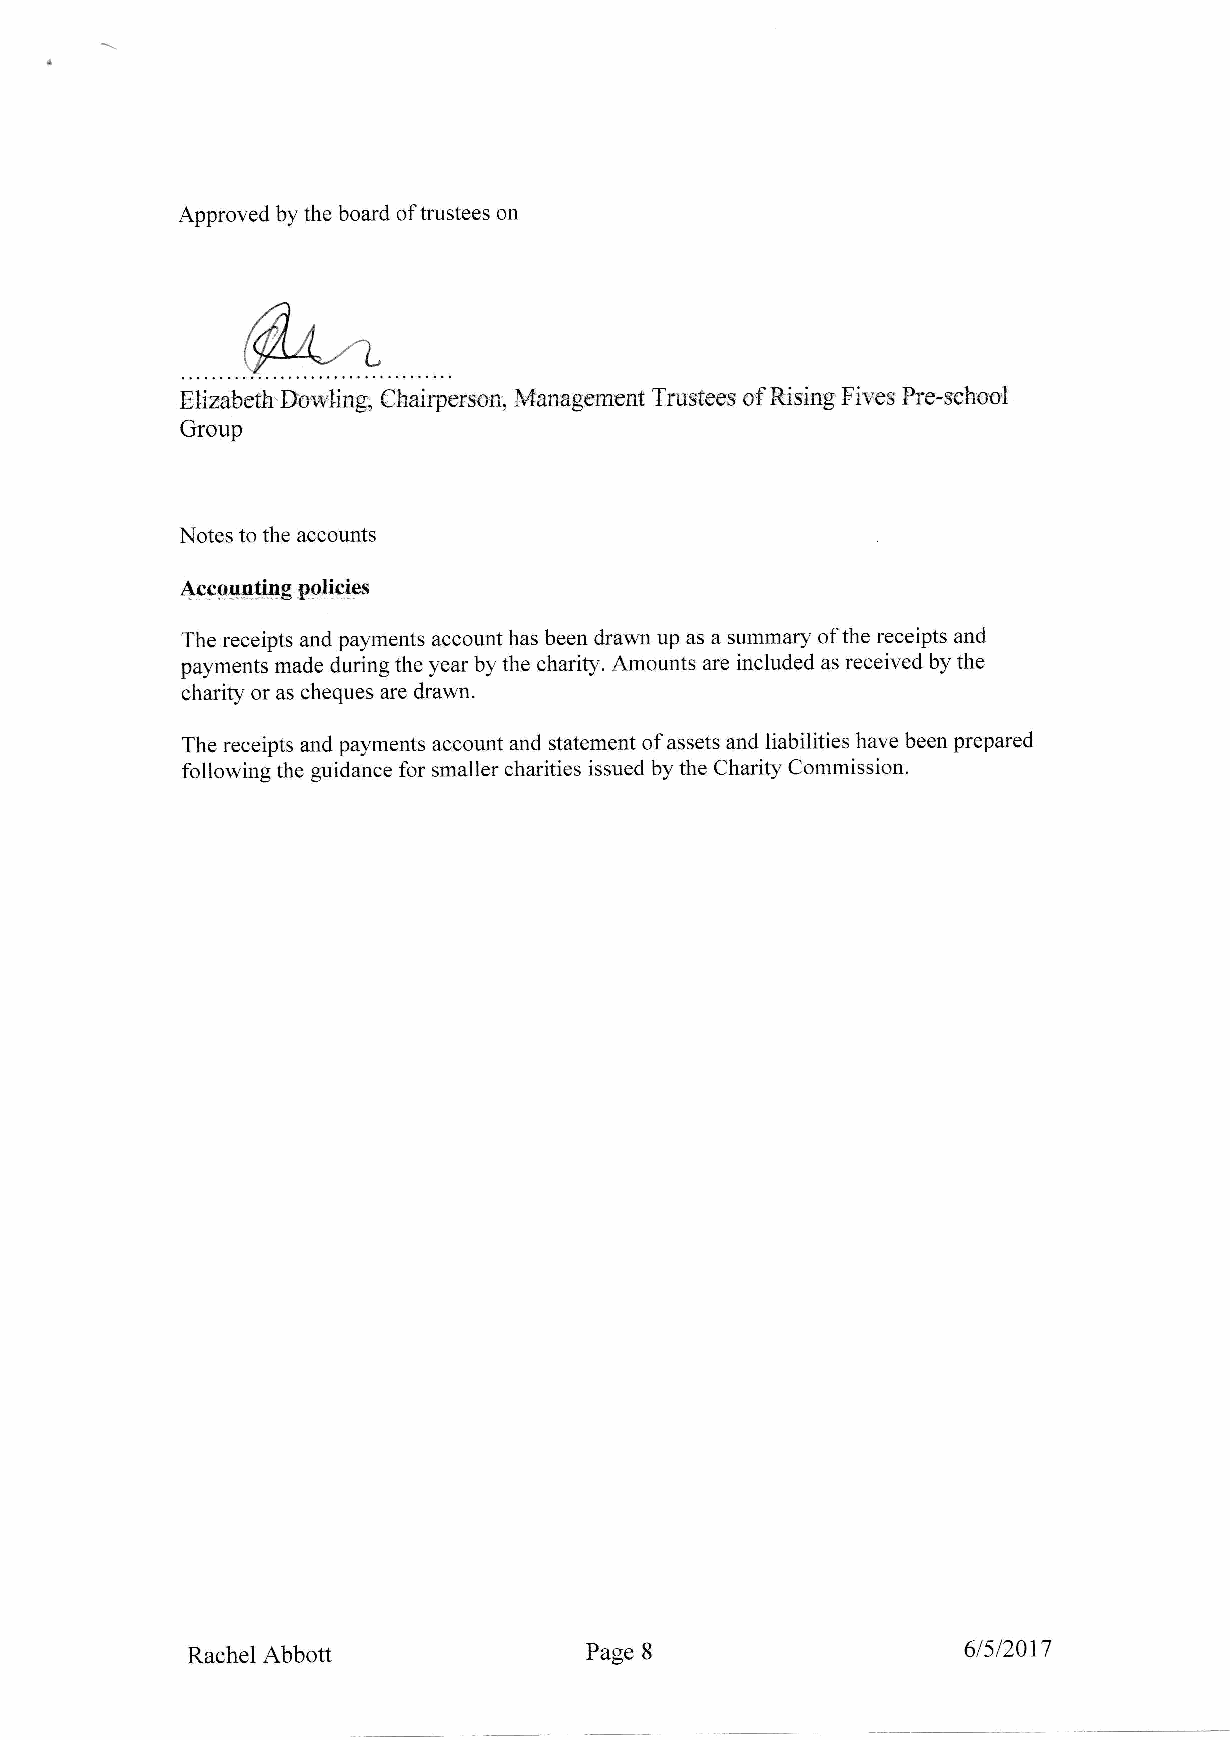
Approved by the board of trustees on
 Elizabeth'Duwling; Chairpermn; Management Tmstees of RisingFivc,sPfe-wlmot
 Group
 Notes to the accounts
 dcpqusjpesaEsifs
 The receipts and payments account has been drawn up as a summaly of the receipts and
 payments made during the year by the charity. Amounts are included as reeeivsd by the
 eharity or as cheques are drawn.
 The receipts and payments account and statement of assets and liabilities have been prepared
 following the guidance for smaller oharities issued by the Charity Commission.
 I
 Rachel Abbou               Page                     6/512017